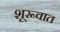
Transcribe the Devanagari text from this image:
शूरूवात